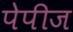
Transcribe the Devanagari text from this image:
पेपीज